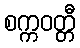
စက္ကဝတ္တီ